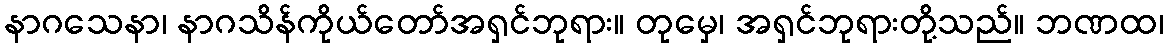
နာဂသေနာ၊ နာဂသိန်ကိုယ်တော်အရှင်ဘုရား။ တုမှေ၊ အရှင်ဘုရားတို့သည်။ ဘဏထ၊